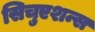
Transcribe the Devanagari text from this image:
सिचुएशन्स